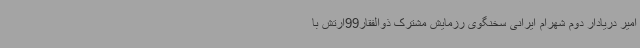
امیر دریادار دوم شهرام ایرانی سخنگوی رزمایش مشترک ذوالفقار99ارتش با